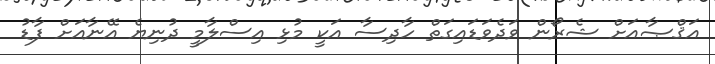
އަޤްޞާއަށް ޝެރޯން ވަދެވަޑައިގަތް ހާދިސާ އަކީ މުޅި އިސްލާމީ ދުނިޔެ އޭނާއަށް ފާޑު